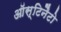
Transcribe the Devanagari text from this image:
ऑस्टिनैटो